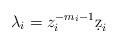
LaTeX: \begin{align*} \lambda_i = z_i^{-m_i-1}\d z_i \end{align*}